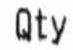
QTY